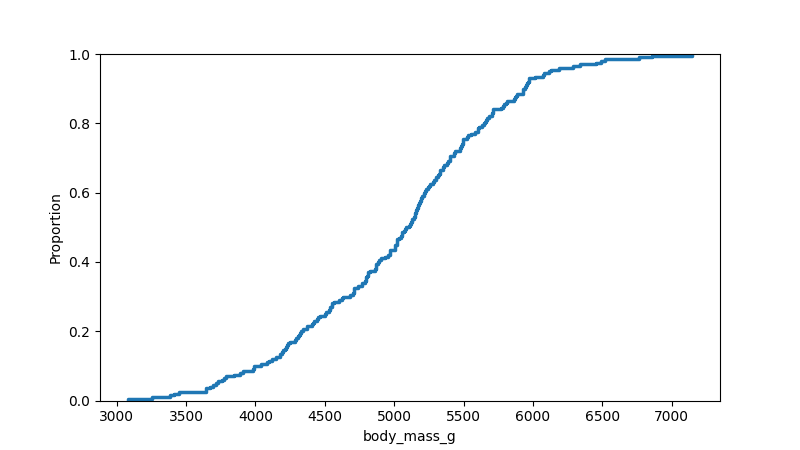
python, seaborn, ecdfplot, column='body_mass_g', hue='all', stat='proportion', linewidth=2.5